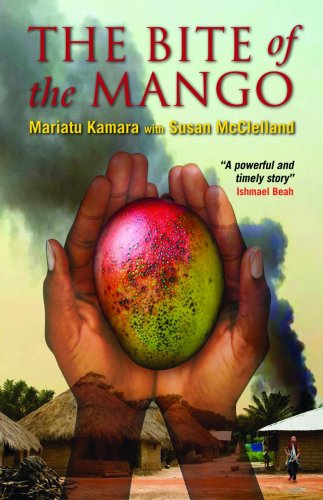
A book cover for The Bite of the Mango; Mariatu Kamara; Teen & Young Adult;